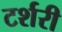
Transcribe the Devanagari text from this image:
टर्शरी